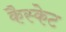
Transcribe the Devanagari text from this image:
कैस्केट